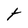
Character: t